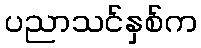
ပညာသင်နှစ်က